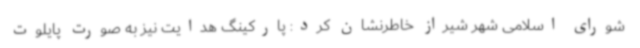
شورای اسلامی شهر شیراز خاطرنشان کرد: پارکینگ هدایت نیز به صورت پایلوت